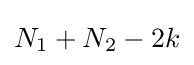
N_{1}+N_{2}-2k